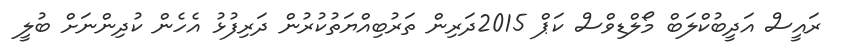
ރައީސް އަދީބުކްލަބް މޯލްޑިވްސް ކަޕް 2015ދަރިން ތަރުބިއްޔަތުކުރުން ދަރިފުޅު އެހެން ކުދިންނަށް ބުލީ